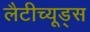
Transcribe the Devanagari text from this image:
लैटीच्यूड्स